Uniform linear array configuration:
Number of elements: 32
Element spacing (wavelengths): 1
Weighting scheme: blackman
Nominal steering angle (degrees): -45
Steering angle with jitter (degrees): -45.37
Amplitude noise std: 0.05
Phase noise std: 0.05

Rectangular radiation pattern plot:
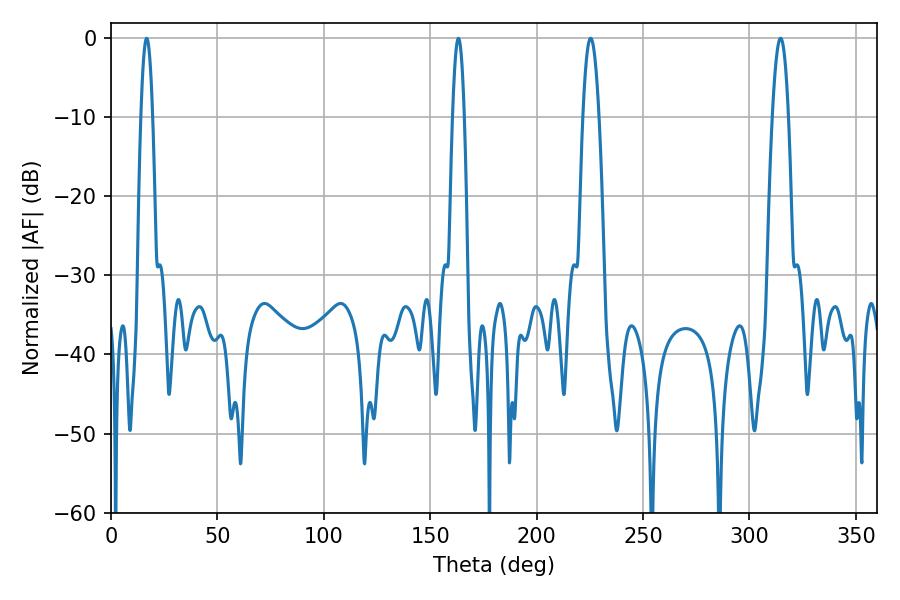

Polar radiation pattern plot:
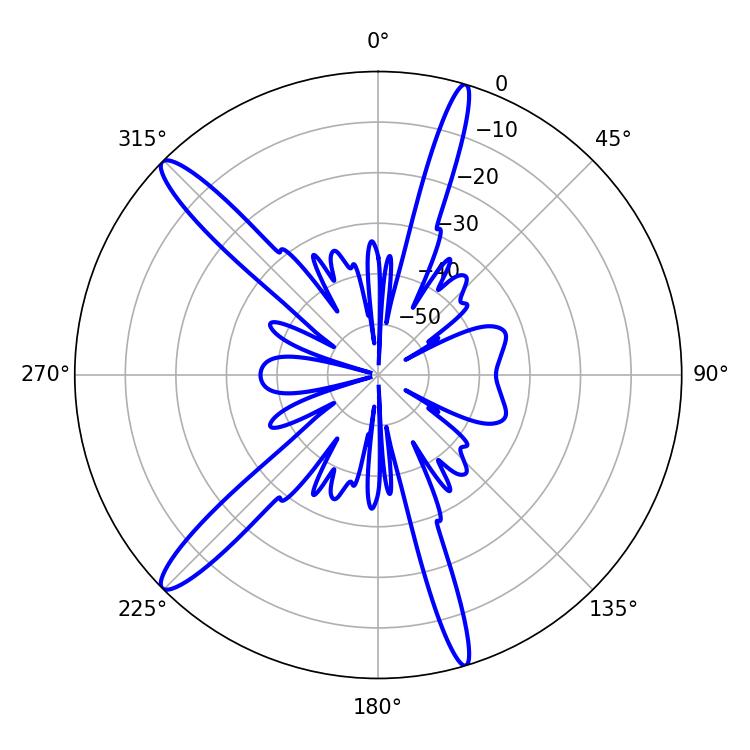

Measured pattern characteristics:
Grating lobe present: TRUE
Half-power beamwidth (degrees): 4.14
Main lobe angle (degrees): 225.36